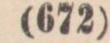
(682)